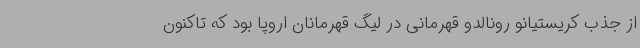
از جذب کریستیانو رونالدو قهرمانی در لیگ قهرمانان اروپا بود که تاکنون